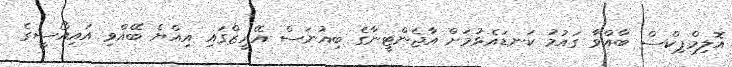
އޮލިމްޕިކްސް ބާއްވާ ގައުމު ކަނޑައެޅުމަށް އާޖެންޓީނާގެ ބިއުނަސް އޭރީޒްގައި އިއްޔެ ބޭއްވި އައިއޯސީގެ